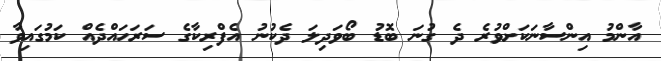
އާންމު އިންސާނަކަށްވުރެ ދެ ގުނަ ބޮޑު ބޯވަދިލަ ދެކުނު އެފްރިކާގެ ސަރަހައްދެއް ކަމުގައިވާ